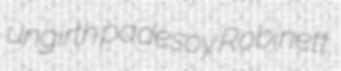
ungirth padesoy Robinett